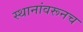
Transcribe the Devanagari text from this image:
स्थानांवरूनच